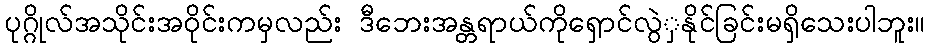
ပုဂ္ဂိုလ်အသိုင်းအဝိုင်းကမှလည်း ဒီဘေးအန္တရာယ်ကိုရှောင်လွဲှနိုင်ခြင်းမရှိသေးပါဘူး။